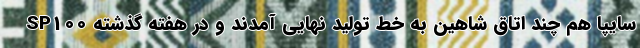
SP100 سایپا هم چند اتاق شاهین به خط تولید نهایی آمدند و در هفته گذشته